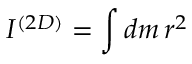
I ^ { ( 2 D ) } = \int d m \, r ^ { 2 }